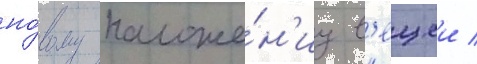
но́вому положе́н'иу в'ещеи /